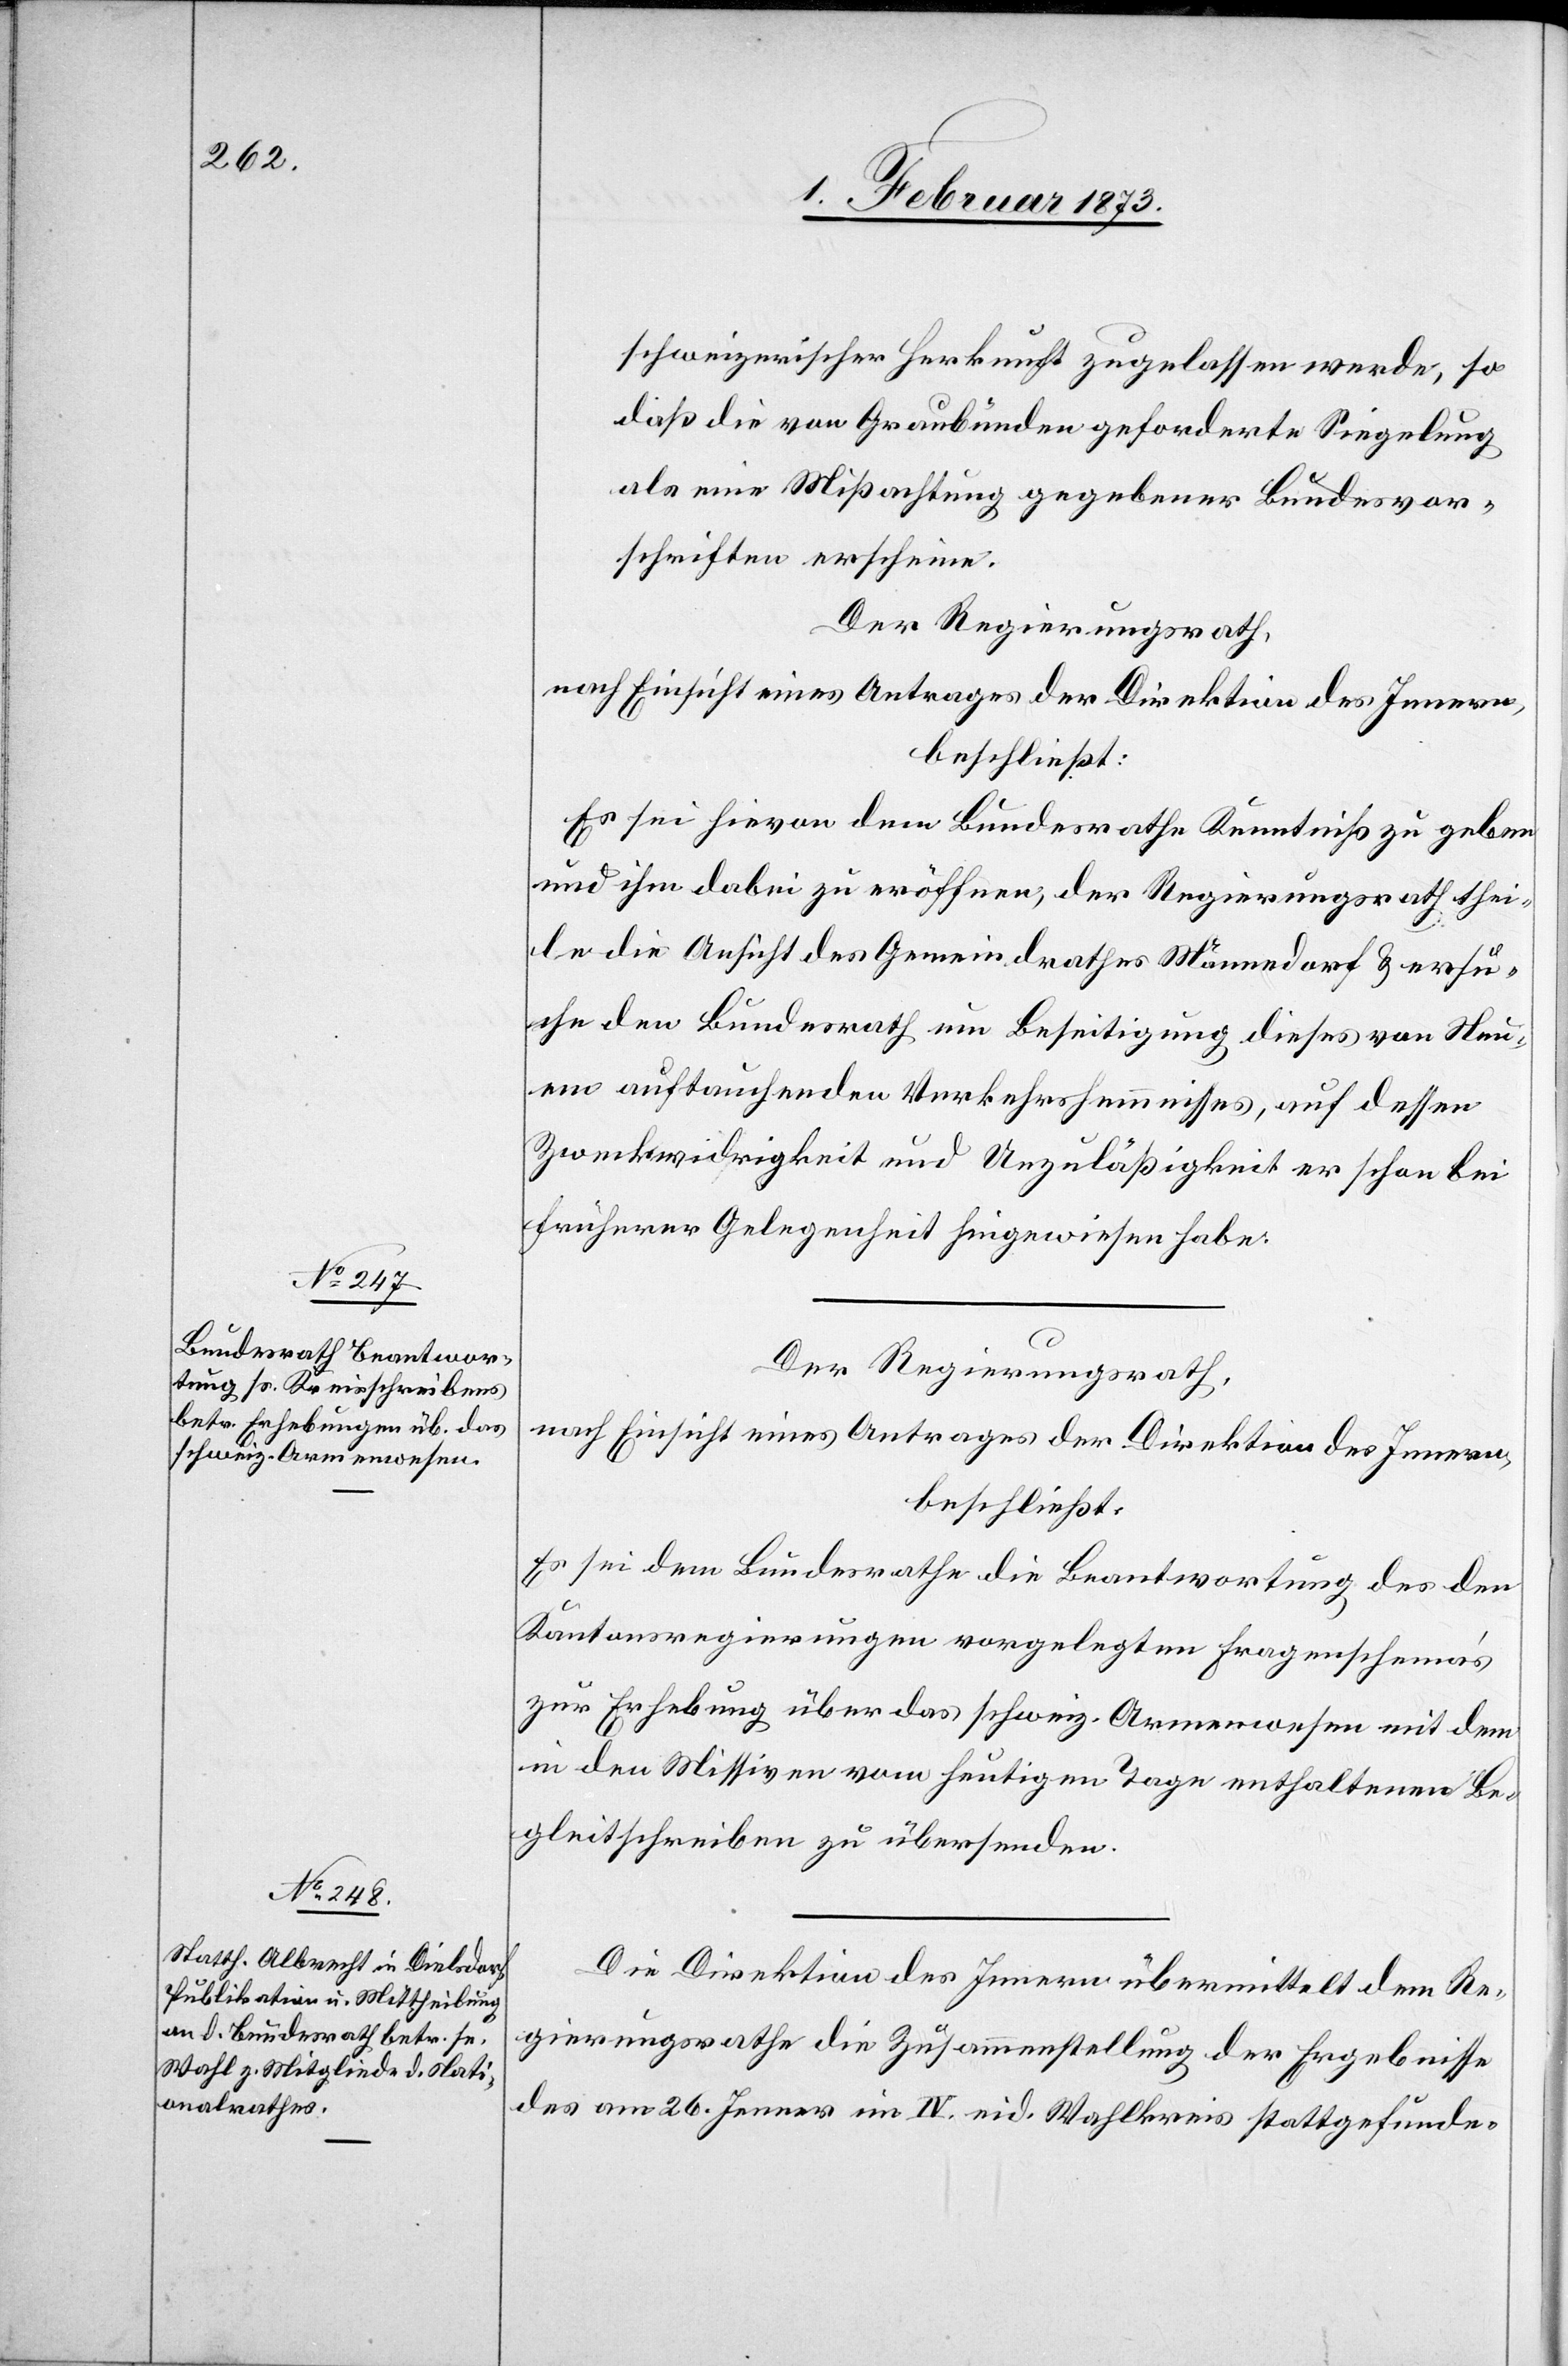
schweizerischer Herkunft zugelassen werde, so
daß die von Graubünden geforderte Siegelung
als eine Mißachtung gegebener Bundesvor¬
schriften erscheine.
Der Regierungsrath,
nach Einsicht eines Antrages der Direktion des Innern,
beschließt:
Es sei hievon dem Bundesrathe Kenntniß zu geben
und ihm dabei zu eröffnen, der Regierungsrath thei¬
le die Ansicht des Gemeindrathes Männedorf u. ersu¬
che den Bundesrath um Beseitigung dieses von Neu¬
em auftauchenden Verkehrshemmnisses, auf dessen
Zweckwidrigkeit und Unzuläßigkeit er schon bei
früherer Gelegenheit hingewiesen habe.
Der Regierungsrath,
nach Einsicht eines Antrages der Direktion des Innern,
beschließt:
Es sei dem Bundesrathe die Beantwortung des den
Kantonsregierungen vorgelegten Fragenschemas
zur Erhebung über das schweiz. Armenwesen mit dem
in den Missiven vom heutigen Tage enthaltenen Be¬
gleitschreiben zu übersenden.
Die Direktion des Innern übermittelt dem Re¬
gierungsrathe die Zusammenstellung der Ergebnisse
des am 26. Jenner im IV. eid. Wahlkreis stattgefunde-